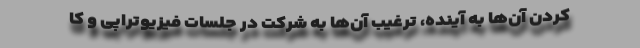
کردن آن‌ها به آینده، ترغیب آن‌ها به شرکت در جلسات فیزیوتراپی و کا